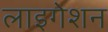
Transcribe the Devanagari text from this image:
लाइगेशन